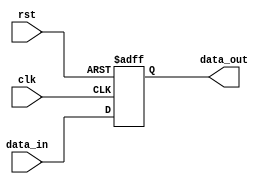
`timescale 1ns / 1ps
//////////////////////////////////////////////////////////////////////////////////
// Company: 
// Engineer: 
// 
// Design Name: 
// Module Name: PC
// Project Name: 
// Target Devices: 
// Tool Versions: 
// Description: 
// 
// Dependencies: 
// 
// Revision:
// Revision 0.01 - File Created
// Additional Comments:
// 
//////////////////////////////////////////////////////////////////////////////////


module PC(
input clk,
input rst,
input [31:0] data_in,
output reg [31:0] data_out
    );
always@(posedge clk,posedge rst)
begin
if(rst)
    data_out<=32'b0;
else
    data_out<=data_in;
end    
    
endmodule